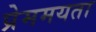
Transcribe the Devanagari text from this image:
प्रेममयता